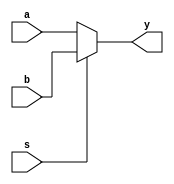
//MUX using ifelse statement
module mux(a,b,s,y);
input [2:0] a,b;
input s;
output reg [2:0] y;
always @(*) begin
	if(s) y=b;
	else y=a;
end
endmodule